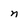
Character: n